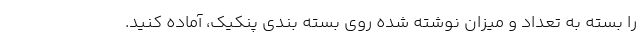
را بسته به تعداد و میزان نوشته شده روی بسته بندی پنکیک، آماده کنید.